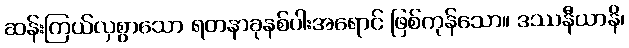
ဆန်းကြယ်လှစွာသော ရတနာခုနစ်ပါးအရောင် ဖြစ်ကုန်သော။ ဒဿနီယာနိ၊